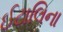
ઈટાલિના